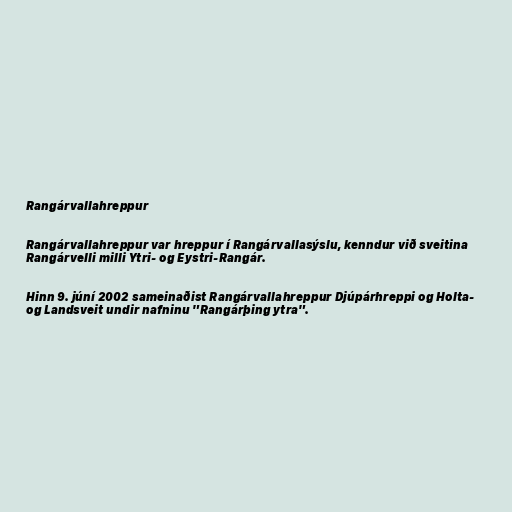
Rangárvallahreppur

Rangárvallahreppur var hreppur í Rangárvallasýslu, kenndur við sveitina
Rangárvelli milli Ytri- og Eystri-Rangár.

Hinn 9. júní 2002 sameinaðist Rangárvallahreppur Djúpárhreppi og Holta-
og Landsveit undir nafninu "Rangárþing ytra".